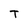
Character: T